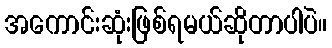
အကောင်းဆုံးဖြစ်ရမယ်ဆိုတာပါပဲ။